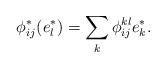
LaTeX: \begin{align*} \phi_{ij}^*(e_l^*)=\sum_k \phi_{ij}^{kl}e_k^*.\end{align*}